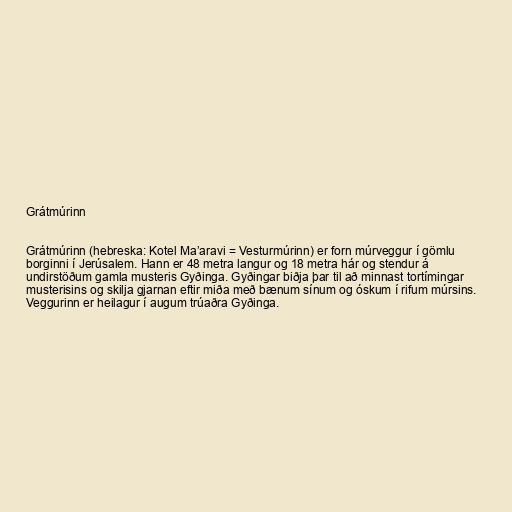
Grátmúrinn

Grátmúrinn (hebreska: Kotel Ma’aravi = Vesturmúrinn) er forn múrveggur í gömlu
borginni í Jerúsalem. Hann er 48 metra langur og 18 metra hár og stendur á
undirstöðum gamla musteris Gyðinga. Gyðingar biðja þar til að minnast tortímingar
musterisins og skilja gjarnan eftir miða með bænum sínum og óskum í rifum múrsins.
Veggurinn er heilagur í augum trúaðra Gyðinga.